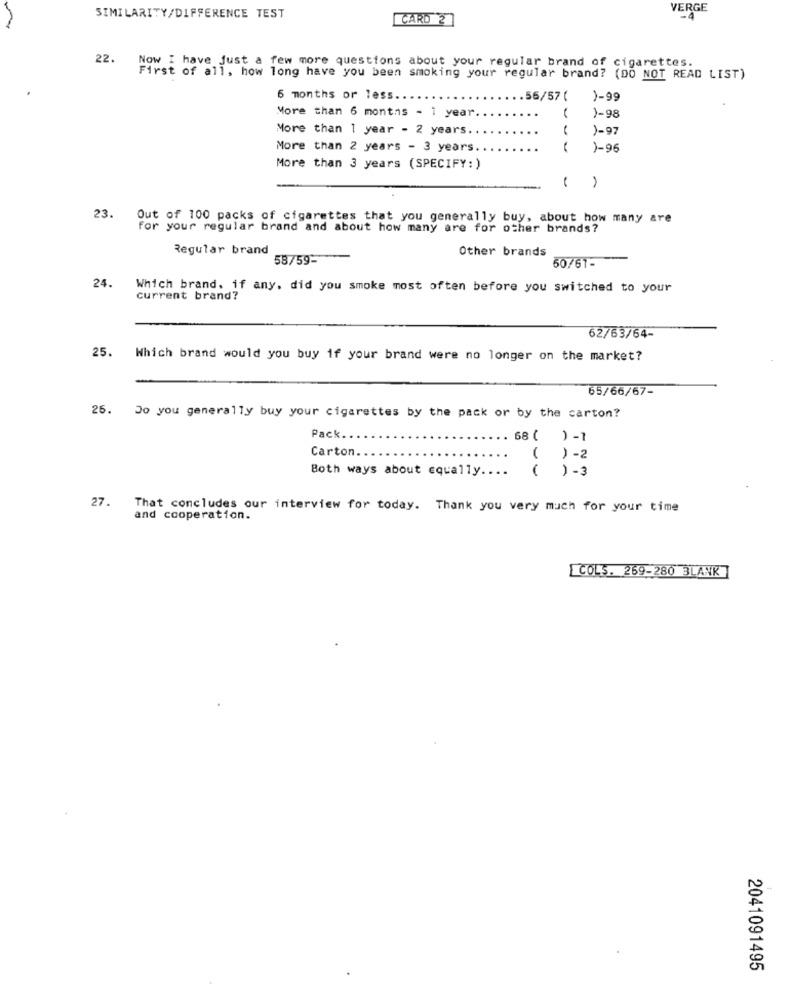
VERGE
SIMILARITY/DIFFERENCE TEST
CARD 2
22. Now I have just a few more questions about your regular brand of cigarettes.
First of all, how long have you been smoking your regular brand? (DO NOT READ LIST)
6 months or less
.56/57 (
)-99
More than 6 months - i year
..
)-98
More than 1 year - 2 years
...
)-97
More than 2 years - 3 years
)-96
More than 3 years (SPECIFY: )
23.
Out of 100 packs of cigarettes that you generally buy, about how many are
for your regular brand and about how many are for other brands?
Regular brand
Other brands
58/59-
50/61-
24.
Which brand, if any, did you smoke most often before you switched to your
current brand?
62/63/64-
25.
Which brand would you buy if your brand were no longer on the market?
65/66/67-
26.
Do you generally buy your cigarettes by the pack or by the carton?
Pack ..
68 ( )-1
Carton.
( ) -2
Both ways about equally ....
( ) -3
27.
That concludes our interview for today. Thank you very much for your time
and cooperation.
COLS. 269-280 BLANK
2041091495